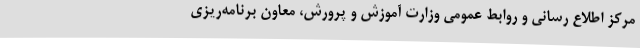
مرکز اطلاع رسانی و روابط عمومی وزارت آموزش و پرورش، معاون برنامه‌ریزی